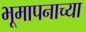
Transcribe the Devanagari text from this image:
भूमापनाच्या